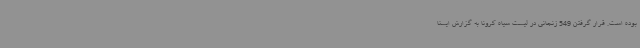
بوده است. قرار گرفتن 549 زنجانی در لیست سیاه کرونا به گزارش ایسنا